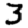
Digit: 3